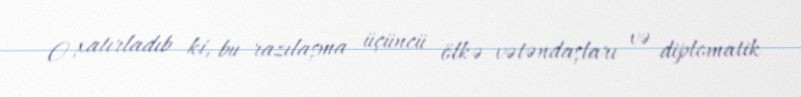
O xatırladıb ki, bu razılaşma üçüncü ölkə vətəndaşları və diplomatik